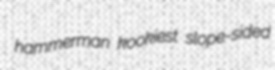
hammerman kookiest slope-sided